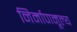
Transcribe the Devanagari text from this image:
निर्माणमूल्य